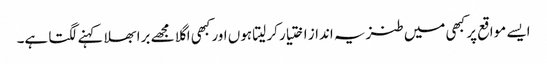
ایسے مواقع پر کبھی میں طنزیہ انداز اختیار کر لیتا ہوں اور کبھی اگلا مجھے برا بھلا کہنے لگتا ہے۔